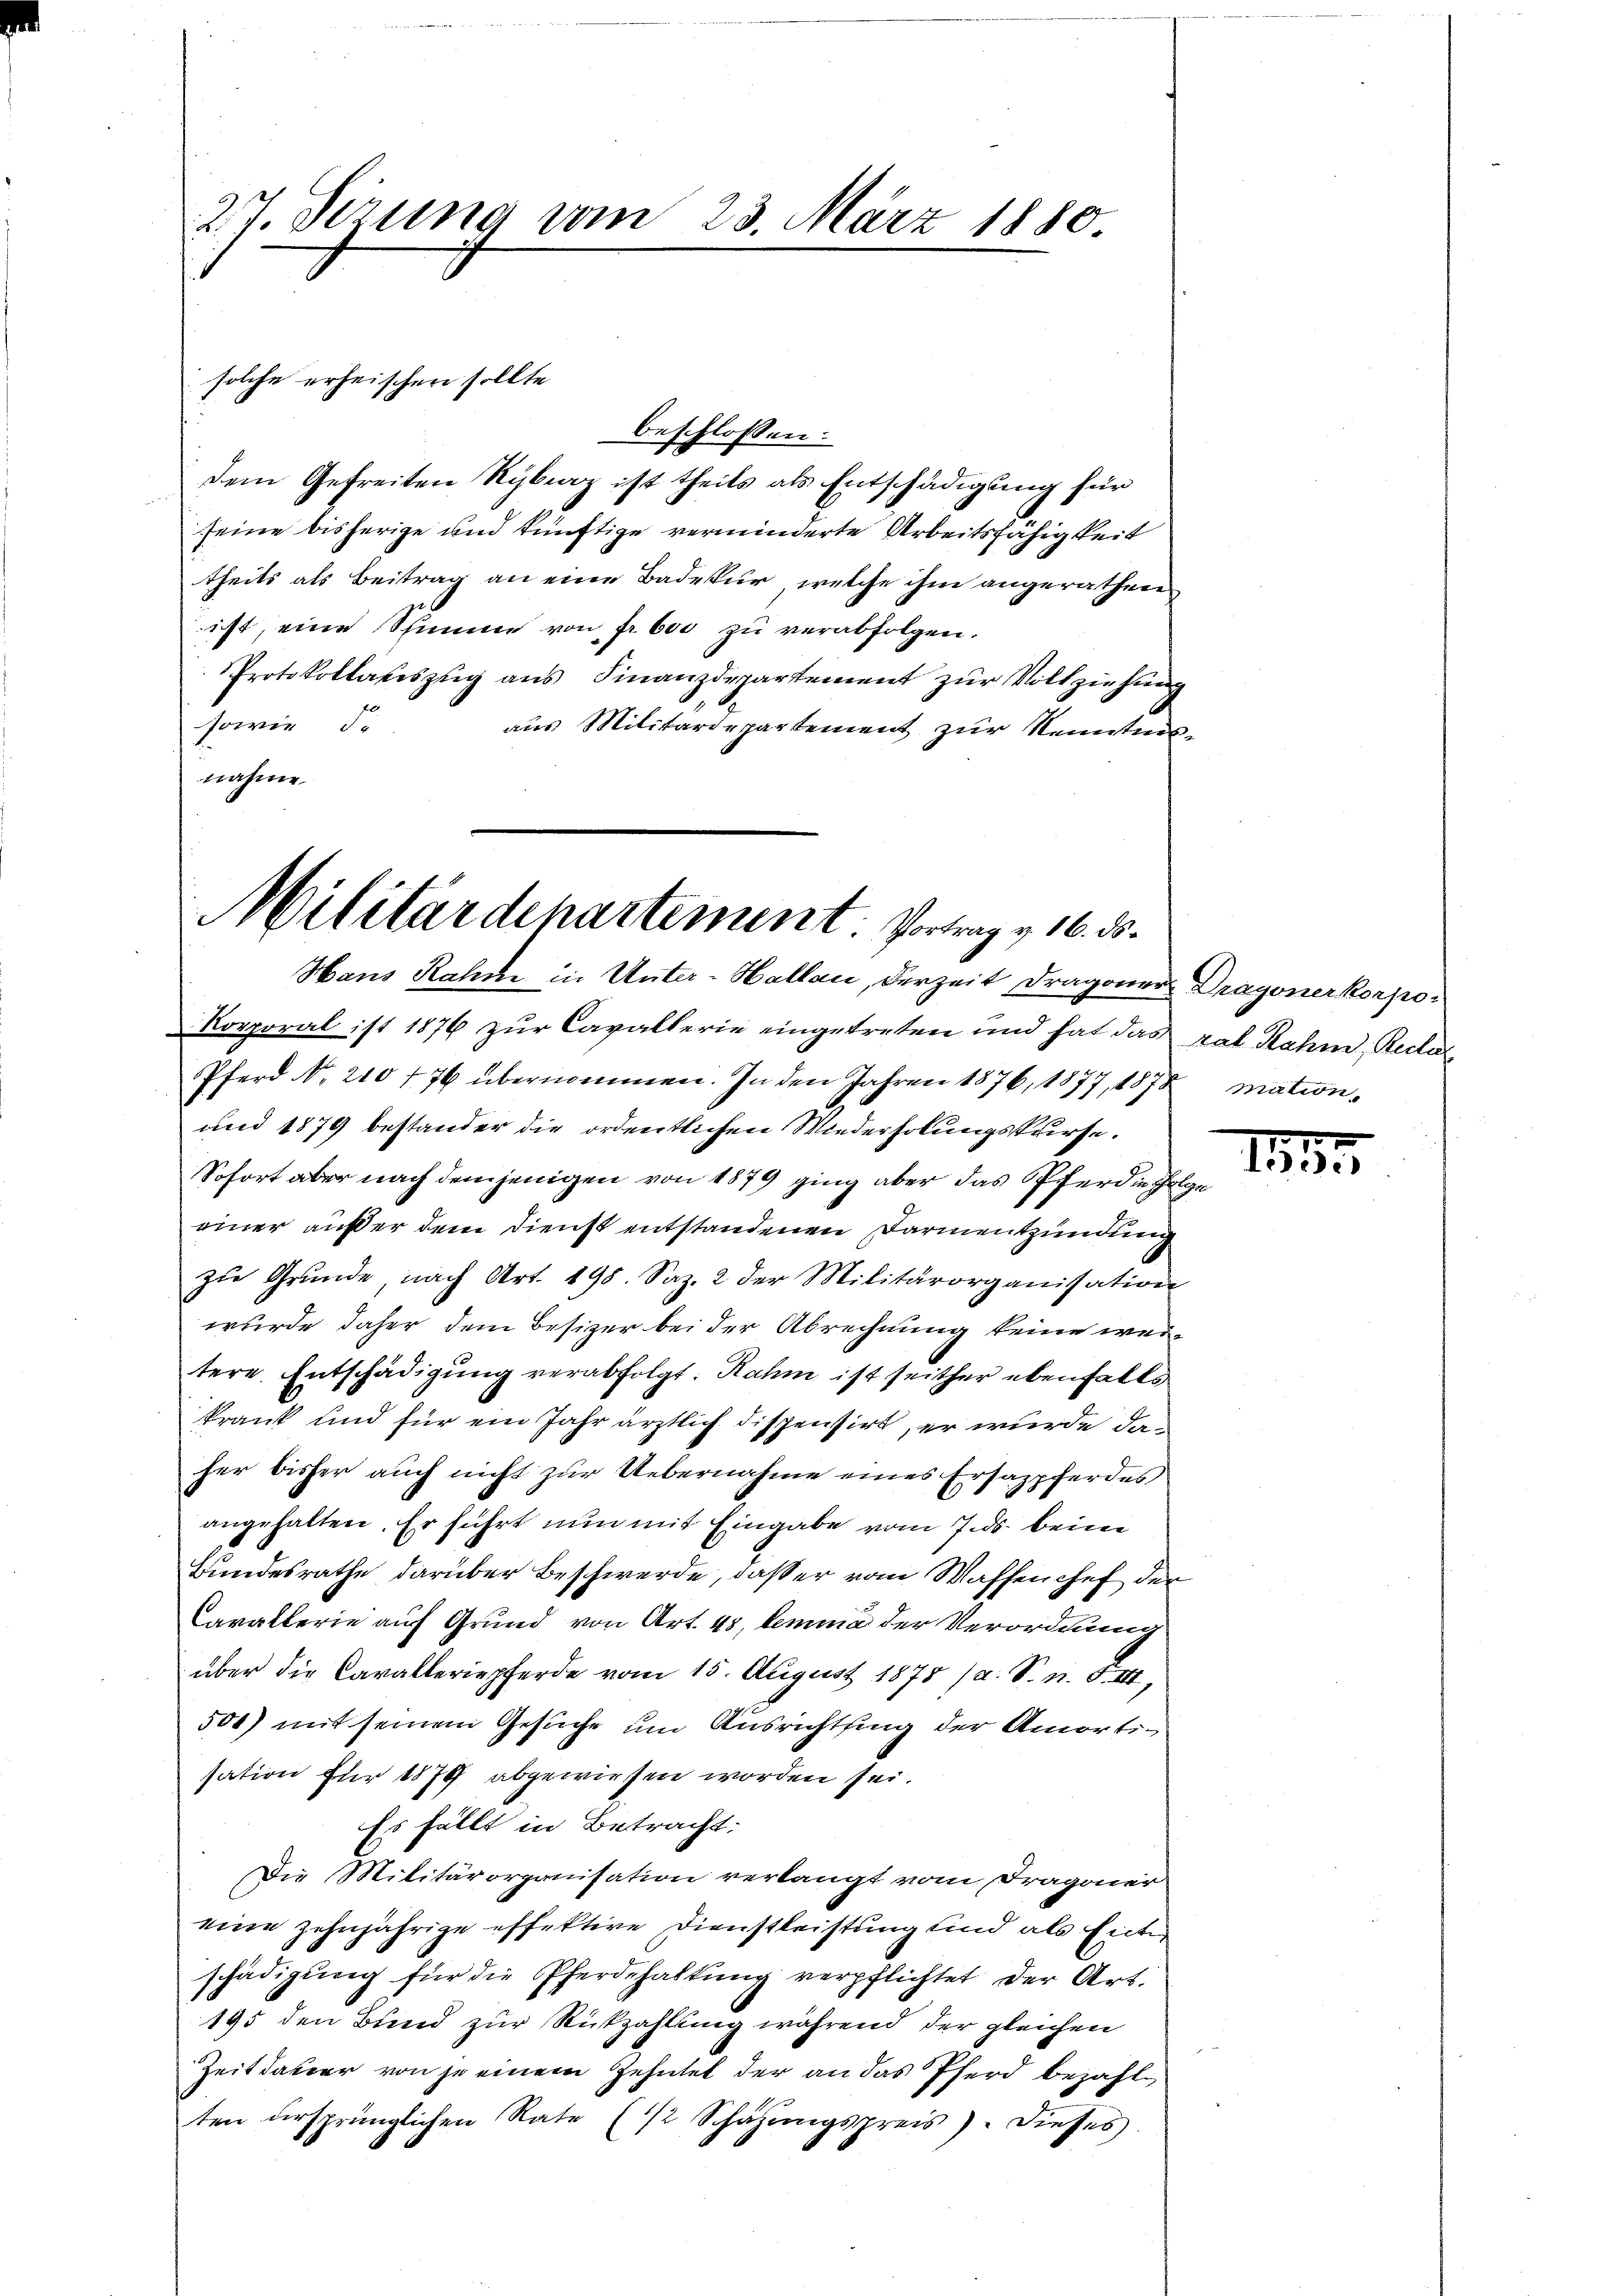
27. Sezung vom 23. März 1880.

solche erheischen sollte
beschlossen:
dem Gefreiten Rybraz ist theils als Entschädigung für
seine bisherige und künftige verminderte Arbeitsfähigkeit
theils als Beitrag an eine Badetur, welche ihm angeräthen
ist, eine Schinne von fr. 600 zŭ verabfolgen.
Protokollateszug aus Finanzdepartement zur Vollziehung
sowie de
aus Militärdepartement zur Kenntnisnahme.

Militärdepartement. Vortrag v. 16. ds.
Hans Rahme in Unter-Hallau, derzeit Dragoner Dragonerkorpo¬

Korporal ist 1876 zur Cavallerie eingetreten und hat das ral Rahm, Rector
Pferd No. 210 f 76 übernommen. In den Jahren 1876, 1877, 1872 mation¬
und 1879 bestander die ordentlichen Wiederholungskurse.
Sofort aber nach demjenigen von 1879 ging aber das Pferdin Folge
einer außer dem Dienst entstandenen Darmentzündung
zu Grunde, nach Art. 198. Saz. 2 der Militärorganisation
wurde daher dem Besizer bei der Abrechnung keine weitere Entschädigung verabfolgt: Rahm ist seither ebenfalls
krank und für ein Jahr ärztlich dispensirt, er wurde daher bisher auch nicht zur Uebernahme eines Ersazpferdes
angehalten. Er führt nun mit Eingabe vom 7. ds. beim
Bundesrathe darüber Beschwerde, daß er vom Waffen chef der
Cavallerie auf Grund von Art. 45, lemma der Verordnung
über die Cavalleriepferde vom 15. August 1875 (a. S. n. F. VII,
500) mit seinem Gesuche um Ausrichtung der Amortisation für 1879 abgewiesen worden sei.
Es fällt in Betracht:
Die Militärorganisation verlangt vom Dragoner
eine zehnjährige effektive Dienstleistung und als Einter
schädigung für die Pferdehaltung verpflichtet der Art.
195 den Bund zur Rückzahlung während der gleichen
Zeitdauer von je einem Zehntet der an das Pferd bezahl
ten ersprünglichen Rate (2 Schäzŭngspreis). Dieses

1